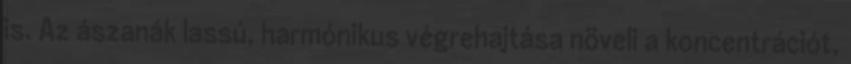
is. Az ászanák lassú, harmónikus végrehajtása növeli a koncentrációt,